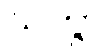
ဃတွာ